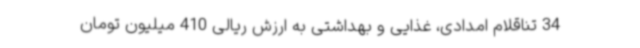
34 تناقلام امدادی، غذایی و بهداشتی به ارزش ریالی 410 میلیون تومان